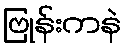
ဗြုန်းကနဲ